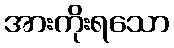
အားကိုးရသော